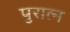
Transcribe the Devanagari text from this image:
पुरात्न